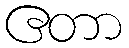
ဧတာ